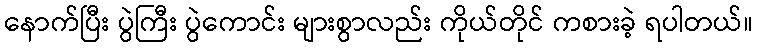
နောက်ပြီး ပွဲကြီး ပွဲကောင်း များစွာလည်း ကိုယ်တိုင် ကစားခဲ့ ရပါတယ်။